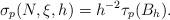
LaTeX: \begin{align*}\sigma_p(N,\xi,h)=h^{-2} \tau_p(B_h).\end{align*}